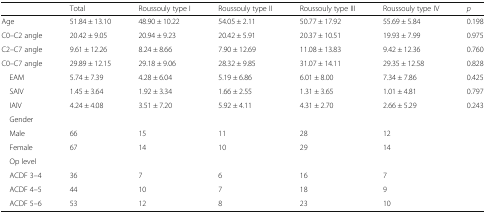
<table><thead><tr><td></td><td><b>Total</b></td><td><b>Roussouly type I</b></td><td><b>Roussouly type II</b></td><td><b>Roussouly type III</b></td><td><b>Roussouly type IV</b></td><td><b><i>p</i></b></td></tr></thead><tbody><tr><td>Age</td><td>51.84 ± 13.10</td><td>48.90 ± 10.22</td><td>54.05 ± 2.11</td><td>50.77 ± 17.92</td><td>55.69 ± 5.84</td><td>0.198</td></tr><tr><td>C0–C2 angle</td><td>20.42 ± 9.05</td><td>20.94 ± 9.23</td><td>20.42 ± 5.91</td><td>20.37 ± 10.51</td><td>19.93 ± 7.99</td><td>0.975</td></tr><tr><td>C2–C7 angle</td><td>9.61 ± 12.26</td><td>8.24 ± 8.66</td><td>7.90 ± 12.69</td><td>11.08 ± 13.83</td><td>9.42 ± 12.36</td><td>0.760</td></tr><tr><td>C0–C7 angle</td><td>29.89 ± 12.15</td><td>29.18 ± 9.06</td><td>28.32 ± 9.85</td><td>31.07 ± 14.11</td><td>29.35 ± 12.58</td><td>0.828</td></tr><tr><td> EAM</td><td>5.74 ± 7.39</td><td>4.28 ± 6.04</td><td>5.19 ± 6.86</td><td>6.01 ± 8.00</td><td>7.34 ± 7.86</td><td>0.425</td></tr><tr><td> SAIV</td><td>1.45 ± 3.64</td><td>1.92 ± 3.34</td><td>1.66 ± 2.55</td><td>1.31 ± 3.65</td><td>1.01 ± 4.81</td><td>0.797</td></tr><tr><td> IAIV</td><td>4.24 ± 4.08</td><td>3.51 ± 7.20</td><td>5.92 ± 4.11</td><td>4.31 ± 2.70</td><td>2.66 ± 5.29</td><td>0.243</td></tr><tr><td> Gender</td><td></td><td></td><td></td><td></td><td></td><td></td></tr><tr><td> Male</td><td>66</td><td>15</td><td>11</td><td>28</td><td>12</td><td></td></tr><tr><td> Female</td><td>67</td><td>14</td><td>10</td><td>29</td><td>14</td><td></td></tr><tr><td> Op level</td><td></td><td></td><td></td><td></td><td></td><td></td></tr><tr><td> ACDF 3–4</td><td>36</td><td>7</td><td>6</td><td>16</td><td>7</td><td></td></tr><tr><td> ACDF 4–5</td><td>44</td><td>10</td><td>7</td><td>18</td><td>9</td><td></td></tr><tr><td> ACDF 5–6</td><td>53</td><td>12</td><td>8</td><td>23</td><td>10</td><td></td></tr></tbody></table>